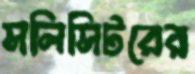
সলিসিটরের